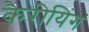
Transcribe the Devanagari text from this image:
कैरीयिंग